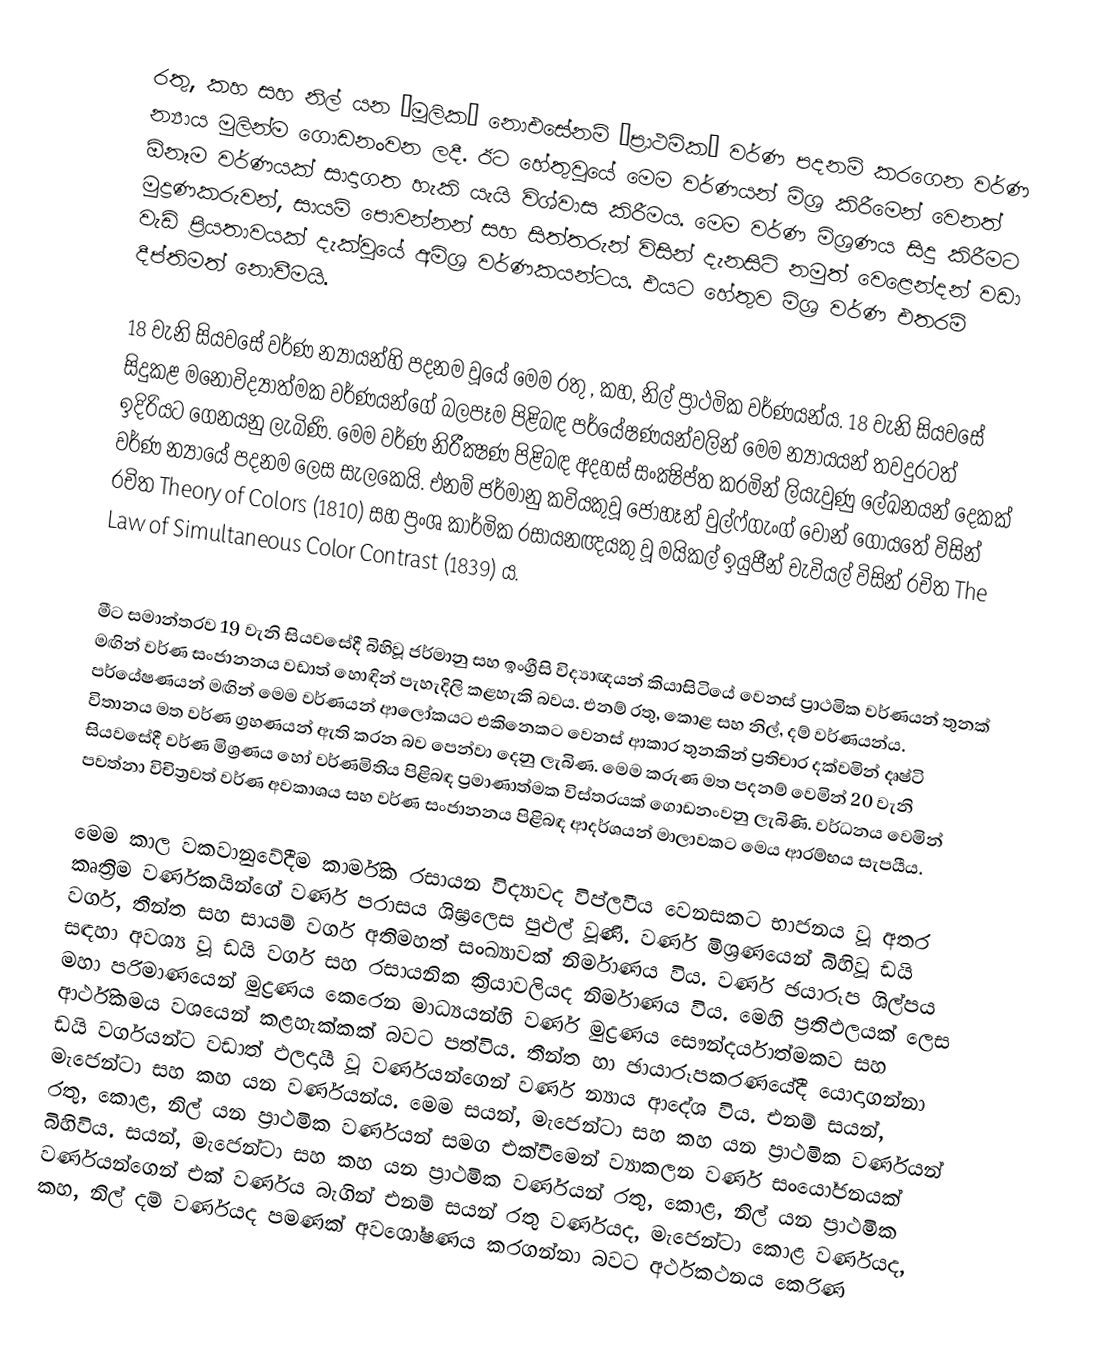
රතු, කහ සහ නිල් යන ‘මූලික’ නොඑසේනම් ‘ප්‍රාථමික’ වර්ණ පදනම් කරගෙන වර්ණ න්‍යාය මුලින්ම ගොඩනංවන ලදී. ඊට හේතුවූයේ මෙම වර්ණයන් මිශ්‍ර කිරීමෙන් වෙනත්  ඕනෑම වර්ණයක් සාදාගත හැකි යැයි විශ්වාස කිරීමය. මෙම වර්ණ මිශ්‍රණය සිදු කිරීමට මුද්‍රණකරුවන්, සායම් පොවන්නන් සහ සිත්තරුන් විසින් දැනසිටි නමුත් වෙළෙන්දන් වඩා වැඩි ප්‍රියතාවයක් දැක්වූයේ අමිශ්‍ර වර්ණකයන්ටය. එයට හේතුව මිශ්‍ර වර්ණ එතරම් දීප්තිමත් නොවීමයි.

18 වැනි සියවසේ වර්ණ න්‍යායන්හි පදනම වූයේ මෙම රතු , කහ, නිල් ප්‍රාථමික වර්ණයන්ය. 18 වැනි සියවසේ සිදුකළ මනෝවිද්‍යාත්මක වර්ණයන්ගේ බලපෑම පිළිබඳ පර්යේෂණයන්වලින් මෙම න්‍යායයන් තවදුරටත් ඉදිරියට ගෙනයනු ලැබිණි. මෙම වර්ණ නිරීක්‍ෂණ පිළිබඳ අදහස් සංක්‍ෂිප්ත කරමින් ලියැවුණු ලේඛනයන් දෙකක් වර්ණ න්‍යායේ පදනම ලෙස සැලකෙයි. එනම් ජර්මානු කවියකුවූ ජොහෑන් වුල්ෆ්ගැංග් වොන් ගොයතේ විසින් රචිත Theory of Colors (1810) සහ ප්‍රංශ කාර්මික රසායනඥයකු වූ මයිකල් ඉයුජීන් චැවියල් විසින් රචිත The Law of Simultaneous Color Contrast (1839) ය.

මීට සමාන්තරව 19 වැනි සියවසේදී බිහිවූ ජර්මානු සහ ඉංග්‍රීසි විද්‍යාඥයන් කියාසිටියේ වෙනස් ප්‍රාථමික වර්ණයන් තුනක් මඟින් වර්ණ සංජානනය වඩාත් හොඳින් පැහැදිලි කළහැකි බවය. එනම් රතු, කොළ සහ නිල්, දම් වර්ණයන්ය. පර්යේෂණයන් මඟින් මෙම වර්ණයන් ආලෝකයට එකිනෙකට වෙනස් ආකාර තුනකින් ප්‍රතිචාර දක්වමින් දෘෂ්ටි විතානය මත වර්ණ ග්‍රහණයන් ඇති කරන බව පෙන්වා දෙනු ලැබිණ. මෙම කරුණ මත පදනම් වෙමින් 20 වැනි සියවසේදී වර්ණ මිශ්‍රණය හෝ වර්ණමිතිය පිළිබඳ ප්‍රමාණාත්මක විස්තරයක් ගොඩනංවනු ලැබිණි. වර්ධනය වෙමින් පවත්නා විචිත්‍රවත් වර්ණ අවකාශය සහ වර්ණ සංජානනය පිළිබඳ ආදර්ශයන් මාලාවකට මෙය ආරම්භය සැපයීය.

මෙම කාල වකවානුවේදීම කාර්මික රසායන විද්‍යාවද විප්ලවීය වෙනසකට භාජනය වූ අතර කෘත්‍රිම වර්ණකයින්ගේ වර්ණ පරාසය ශිඝ්‍රලෙස පුළුල් වූණි. වර්ණ මිශ්‍රණයෙන් බිහිවූ ඩයි වර්ග, තීන්ත සහ සායම් වර්ග අතිමහත් සංඛ්‍යාවක් නිර්මාණය විය. වර්ණ ඡයාරූප ශිල්පය සඳහා අවශ්‍ය වූ ඩයි වර්ග සහ රසායනික ක්‍රියාවලියද නිර්මාණය විය. මෙහි ප්‍රතිඵලයක් ලෙස මහා පරිමාණයෙන් මුද්‍රණය කෙරෙන මාධ්‍යයන්හි වර්ණ මුද්‍රණය සෞන්දර්යාත්මකව සහ ආර්ථිකමය වශයෙන් කළහැක්කක් බවට පත්විය. තීන්ත හා ඡායාරූපකරණයේදී යොදාගන්නා ඩයි වර්ගයන්ට වඩාත් ඵලදායී වූ වර්ණයන්ගෙන් වර්ණ න්‍යාය ආදේශ විය. එනම් සයන්, මැජෙන්ටා සහ කහ යන වර්ණයන්ය. මෙම සයන්, මැජෙන්ටා සහ කහ යන ප්‍රාථමික වර්ණයන් රතු, කොළ, නිල් යන ප්‍රාථමික වර්ණයන් සමග එක්වීමෙන් ව්‍යාකලන වර්ණ සංයෝජනයක් බිහිවිය. සයන්, මැජෙන්ටා සහ කහ යන ප්‍රාථමික වර්ණයන් රතු, කොළ, නිල් යන ප්‍රාථමික වර්ණයන්ගෙන් එක් වර්ණය බැගින් එනම් සයන් රතු වර්ණයද, මැජෙන්ටා කොළ වර්ණයද, කහ, නිල් දම් වර්ණයද පමණක් අවශෝෂණය කරගන්නා බවට අර්ථකථනය කෙරිණ